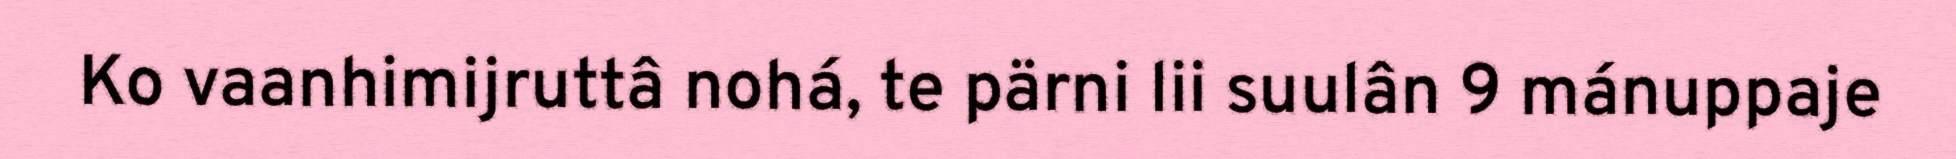
Ko vaanhimijruttâ nohá, te pärni lii suulân 9 mánuppaje